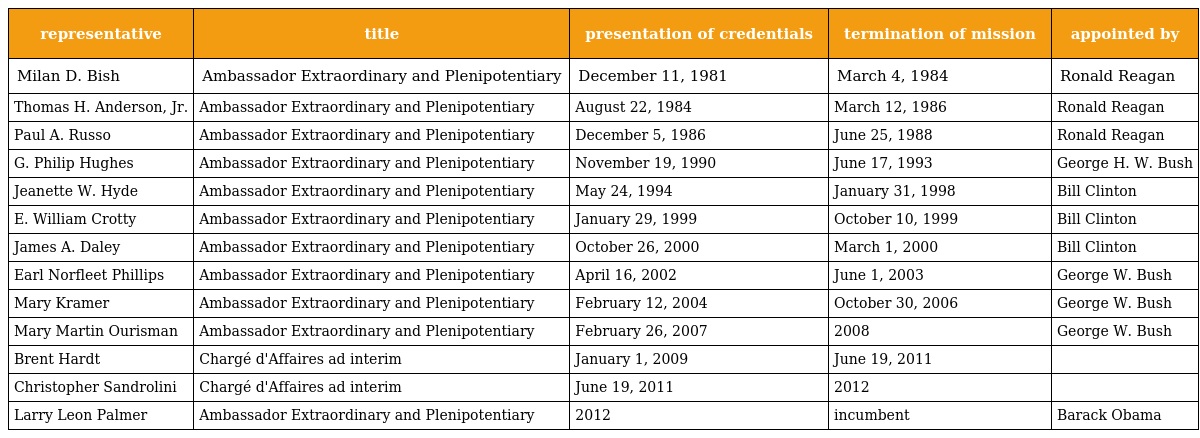
| representative | title | presentation of credentials | termination of mission | appointed by |
 | --- | --- | --- | --- | --- |
 | Milan D. Bish | Ambassador Extraordinary and Plenipotentiary | December 11, 1981 | March 4, 1984 | Ronald Reagan |
 | Thomas H. Anderson, Jr. | Ambassador Extraordinary and Plenipotentiary | August 22, 1984 | March 12, 1986 | Ronald Reagan |
 | Paul A. Russo | Ambassador Extraordinary and Plenipotentiary | December 5, 1986 | June 25, 1988 | Ronald Reagan |
 | G. Philip Hughes | Ambassador Extraordinary and Plenipotentiary | November 19, 1990 | June 17, 1993 | George H. W. Bush |
 | Jeanette W. Hyde | Ambassador Extraordinary and Plenipotentiary | May 24, 1994 | January 31, 1998 | Bill Clinton |
 | E. William Crotty | Ambassador Extraordinary and Plenipotentiary | January 29, 1999 | October 10, 1999 | Bill Clinton |
 | James A. Daley | Ambassador Extraordinary and Plenipotentiary | October 26, 2000 | March 1, 2000 | Bill Clinton |
 | Earl Norfleet Phillips | Ambassador Extraordinary and Plenipotentiary | April 16, 2002 | June 1, 2003 | George W. Bush |
 | Mary Kramer | Ambassador Extraordinary and Plenipotentiary | February 12, 2004 | October 30, 2006 | George W. Bush |
 | Mary Martin Ourisman | Ambassador Extraordinary and Plenipotentiary | February 26, 2007 | 2008 | George W. Bush |
 | Brent Hardt | Chargé d'Affaires ad interim | January 1, 2009 | June 19, 2011 |  |
 | Christopher Sandrolini | Chargé d'Affaires ad interim | June 19, 2011 | 2012 |  |
 | Larry Leon Palmer | Ambassador Extraordinary and Plenipotentiary | 2012 | incumbent | Barack Obama |